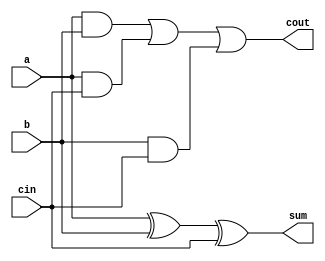
module carry_detect_adder(
    input wire a,
    input wire b,
    input wire cin,
    output wire sum,
    output wire cout
);

assign sum = a ^ b ^ cin;
assign cout = (a & b) | (a & cin) | (b & cin);

endmodule